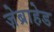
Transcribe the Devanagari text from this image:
ज़ेब्राहेड